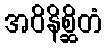
အဝိနိစ္ဆိတံ